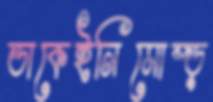
ডাকেইনিমোষ্‌ড়